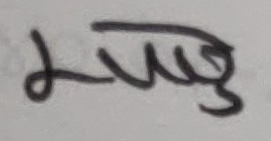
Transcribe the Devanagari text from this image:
लुउ